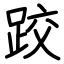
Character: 跤